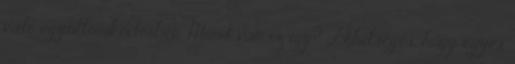
való együttműködésben. Miért van ez így? Lehetséges, hogy egyes